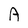
Character: A